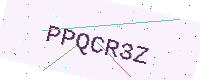
Text: PPQCR3Z